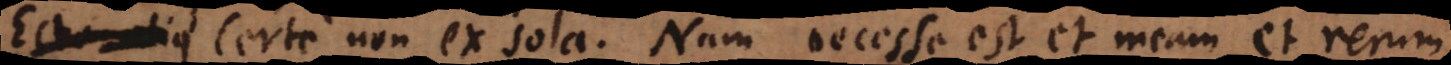
Certe non ex sola. Nam necesse est et meam et rerum